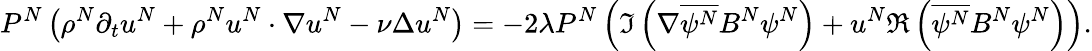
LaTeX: P^{N}\left(\rho^{N}\partial_{t}u^{N}+\rho^{N}u^{N}\cdot\nabla u^{N}-\nu\Delta u^{N}\right)=-2\lambda P^{N}\left(\Im\left(\nabla\overline{{\psi^{N}}}B^{N}\psi^{N}\right)+u^{N}\Re\left(\overline{{\psi^{N}}}B^{N}\psi^{N}\right)\right).